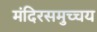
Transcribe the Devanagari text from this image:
मंदिरसमुच्चय